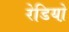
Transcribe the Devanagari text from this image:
रेडियो़